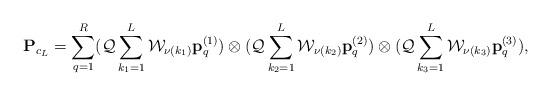
LaTeX: \begin{align*} {\bf P}_{c_L}= \sum\limits_{q=1}^{R}({\cal Q}\sum\limits_{k_1=1}^L{\cal W}_{\nu({k_1})} {\bf p}^{(1)}_{q}) \otimes ({\cal Q}\sum\limits_{k_2=1}^L {\cal W}_{\nu({k_2})} {\bf p}^{(2)}_{q}) \otimes ({\cal Q}\sum\limits_{k_3=1}^L{\cal W}_{\nu({k_3})} {\bf p}^{(3)}_{q}),\end{align*}